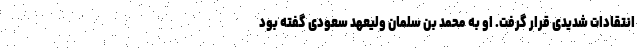
انتقادات شدیدی قرار گرفت. او به محمد بن سلمان ولیعهد سعودی گفته بود